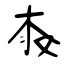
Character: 榖